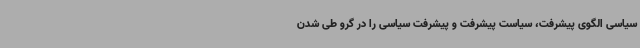
سیاسی الگوی پیشرفت، سیاست پیشرفت و پیشرفت سیاسی را در گرو طی شدن